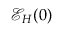
\mathcal { E } _ { H } ( 0 )